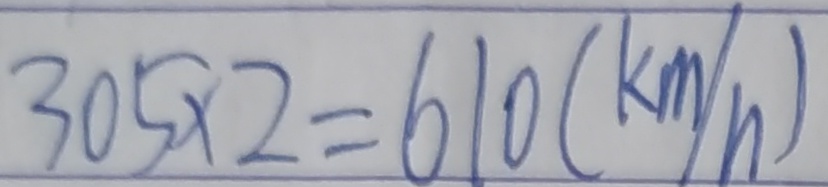
3 0 5 \times 2 = 6 1 0 ( k m / h )